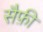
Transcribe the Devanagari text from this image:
सैफ़ी